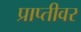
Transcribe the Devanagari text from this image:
प्राप्तीवर